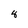
Character: 8